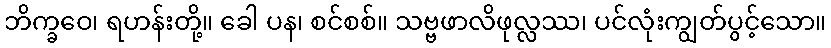
ဘိက္ခဝေ၊ ရဟန်းတို့။ ခေါ ပန၊ စင်စစ်။ သဗ္ဗဖာလိဖုလ္လဿ၊ ပင်လုံးကျွတ်ပွင့်သော။